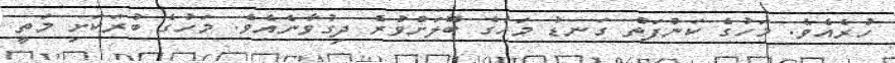
ހުރެއެވެ. މަހުގެ ކަންފަތް ގަނޑު މަހުގެ ބޮލަށްވުރެ ދިގުވާނެއެވެ. މަހުގެ ބުރަކަށި މަތީ